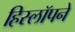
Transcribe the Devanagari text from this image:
हिस्लॉपने